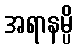
အရာနမ္ပိ